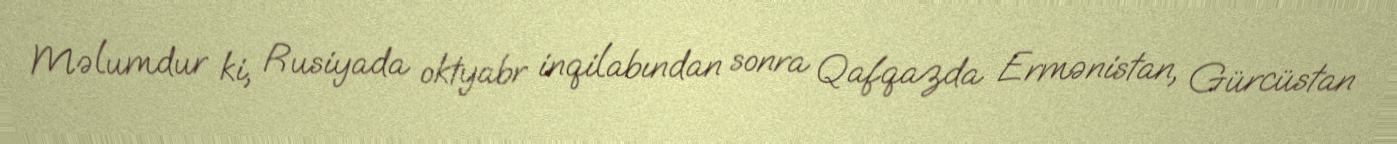
Məlumdur ki, Rusiyada oktyabr inqilabından sonra Qafqazda Ermənistan, Gürcüstan